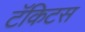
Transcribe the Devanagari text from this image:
टॅकिटस